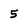
Character: 5